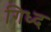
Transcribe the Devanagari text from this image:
गिध्द